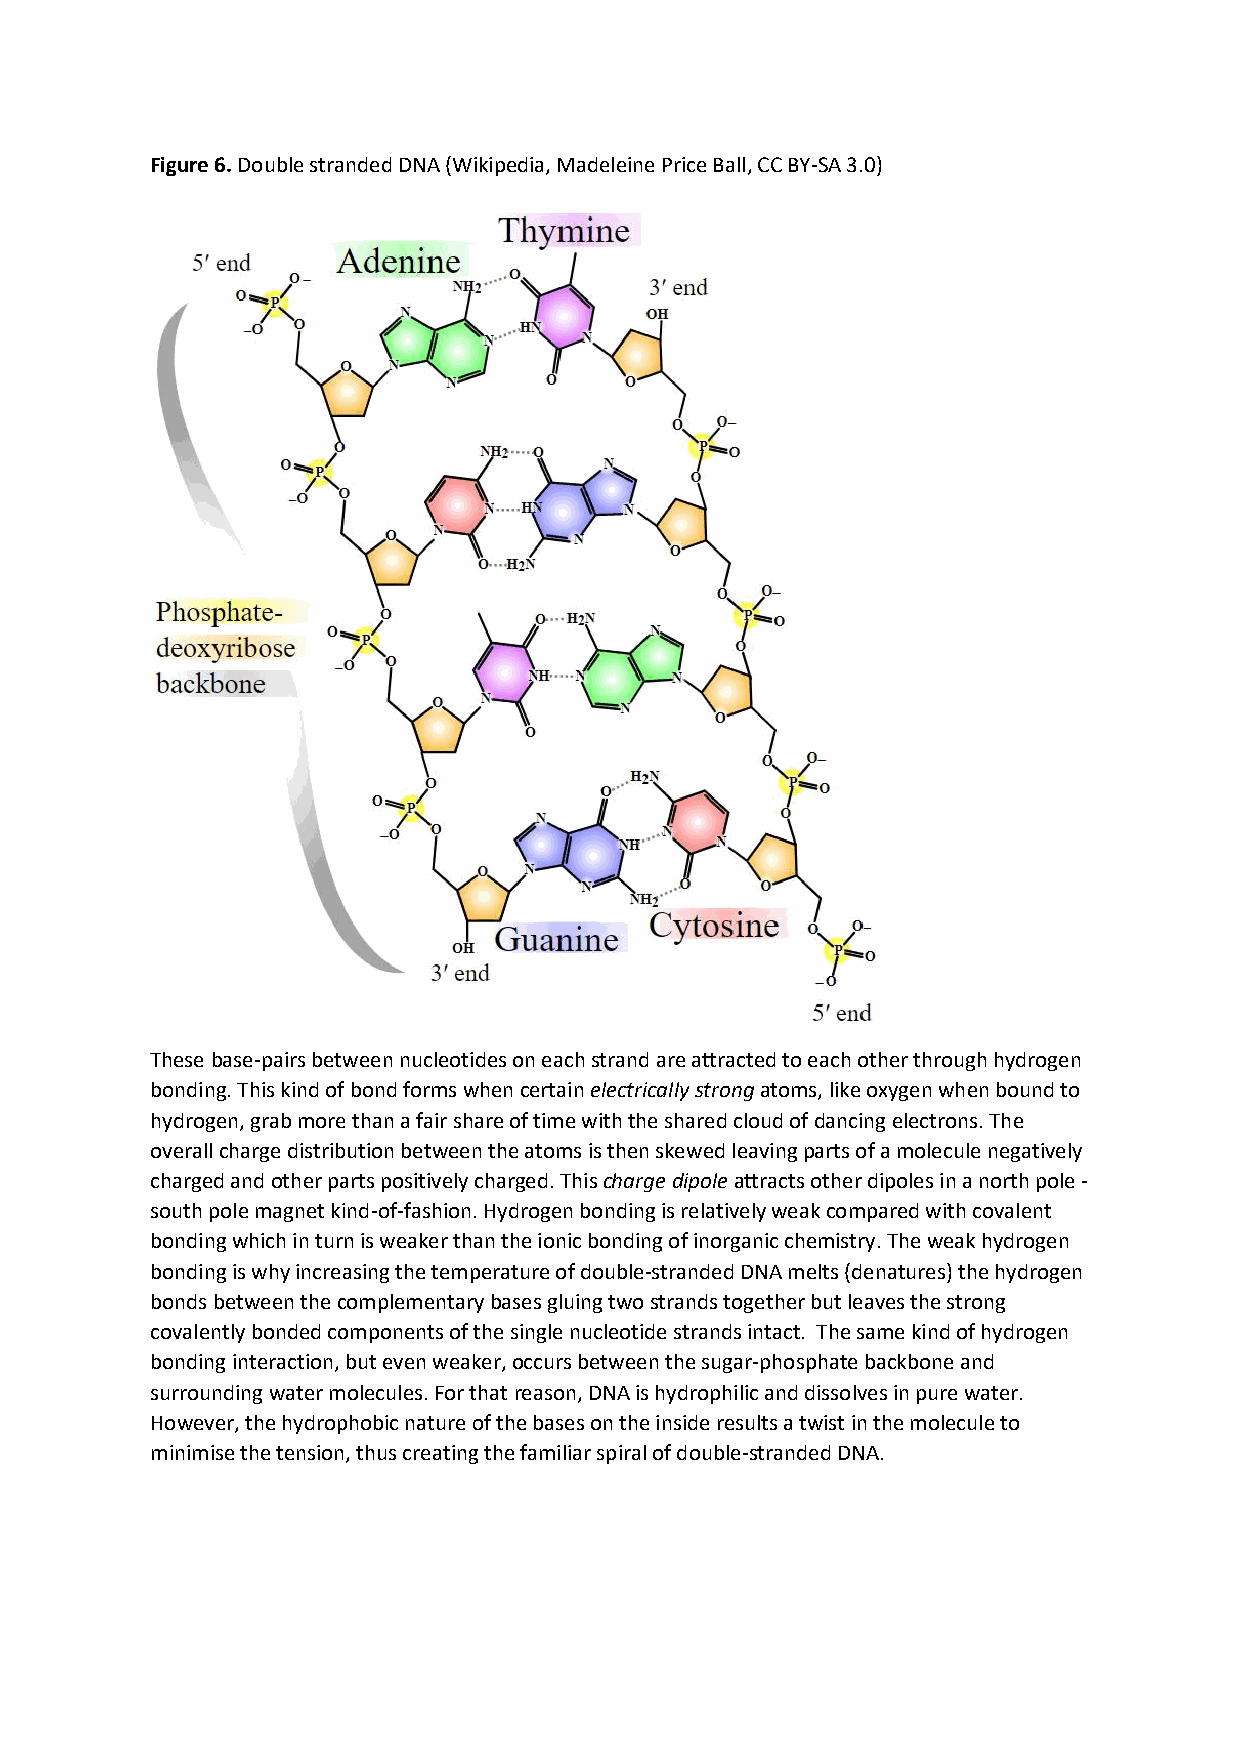
Figure 6. Double stranded DNA (Wikipedia, Madeleine Price Ball, CC BY-SA 3.0)
 These base-pairs between nucleotides on each strand are attracted to each other through hydrogen
 bonding. This kind of bond forms when certain electrically strong atoms, like oxygen when bound to
 hydrogen, grab more than a fair share of time with the shared cloud of dancing electrons. The
 overall charge distribution between the atoms is then skewed leaving parts of a molecule negatively
 charged and other parts positively charged. This charge dipole attracts other dipoles in a north pole -
 south pole magnet kind-of-fashion. Hydrogen bonding is relatively weak compared with covalent
 bonding which in turn is weaker than the ionic bonding of inorganic chemistry. The weak hydrogen
 bonding is why increasing the temperature of double-stranded DNA melts (denatures) the hydrogen
 bonds between the complementary bases gluing two strands together but leaves the strong
 covalently bonded components of the single nucleotide strands intact. The same kind of hydrogen
 bonding interaction, but even weaker, occurs between the sugar-phosphate backbone and
 surrounding water molecules. For that reason, DNA is hydrophilic and dissolves in pure water.
 However, the hydrophobic nature of the bases on the inside results a twist in the molecule to
 minimise the tension, thus creating the familiar spiral of double-stranded DNA.